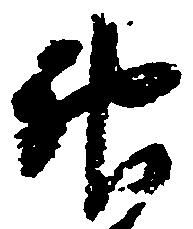
神